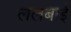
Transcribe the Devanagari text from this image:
ललबाई